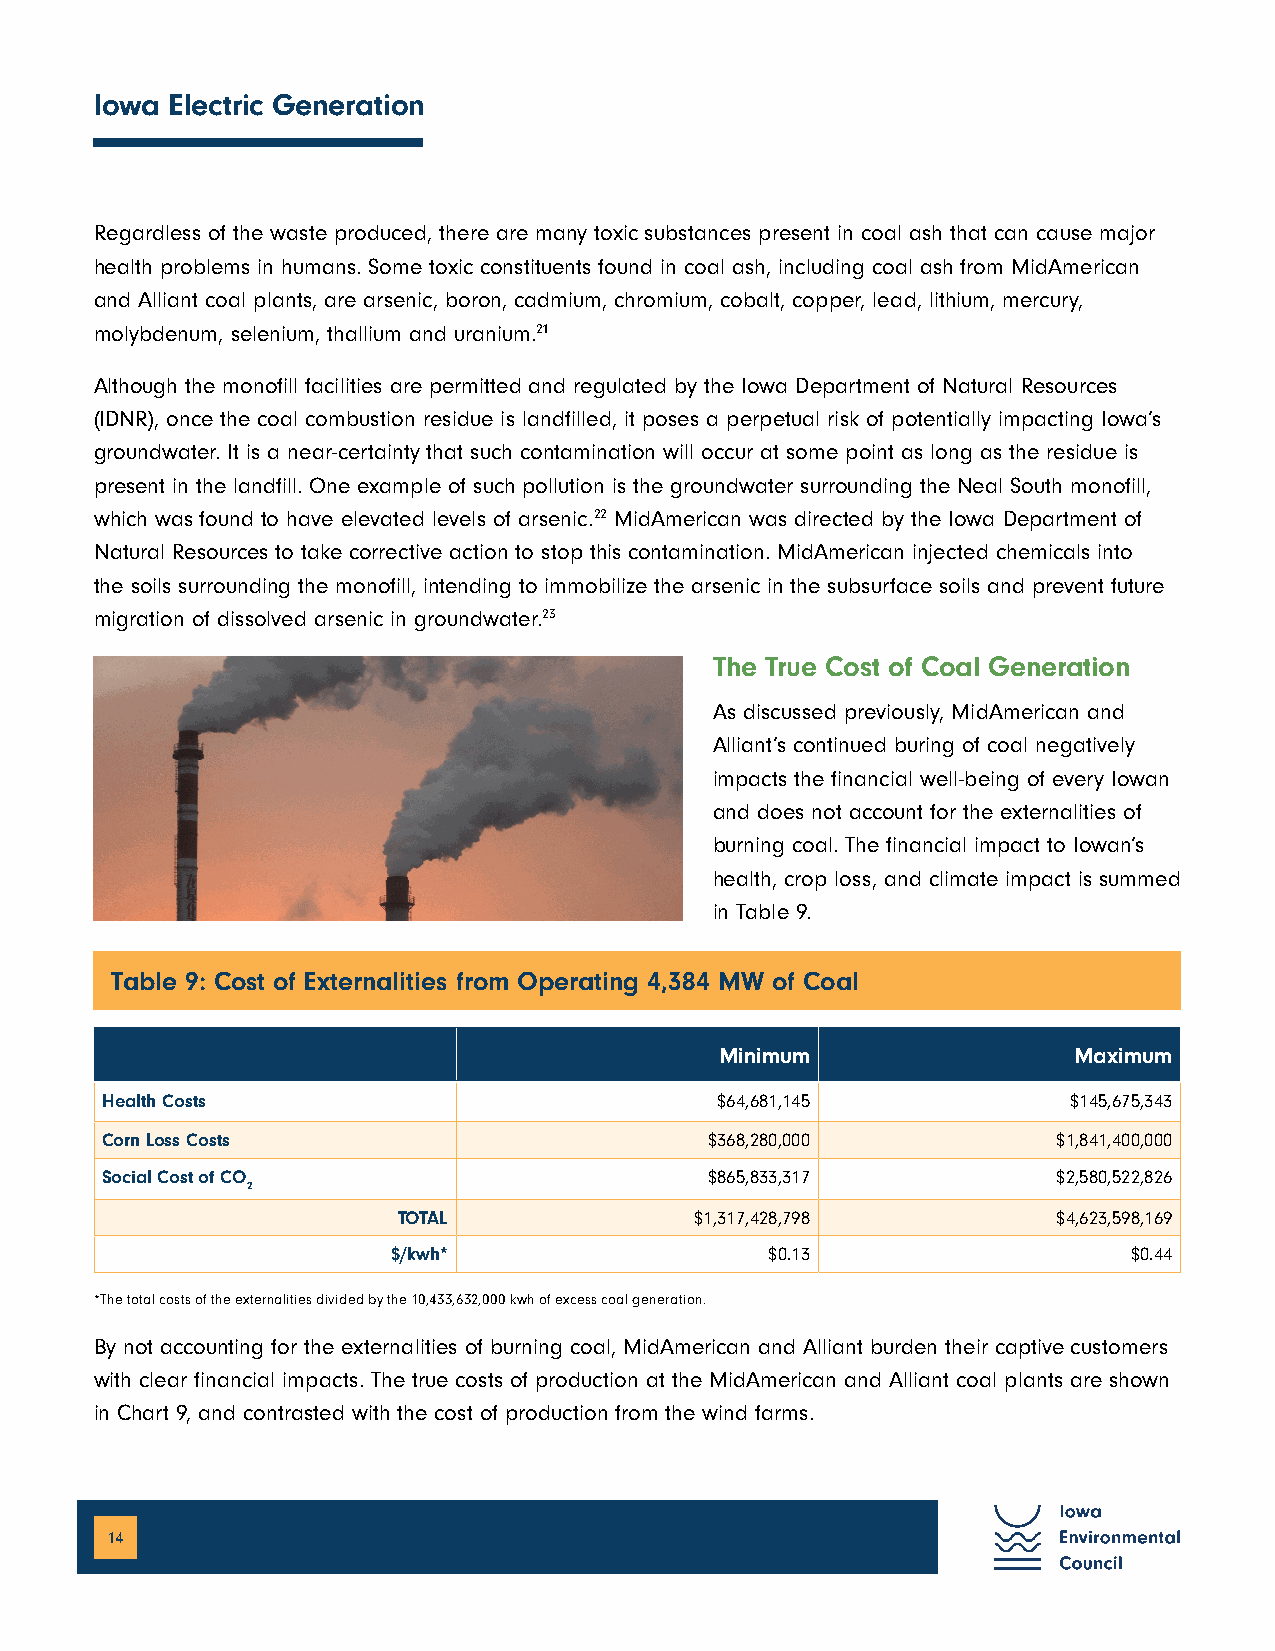
Iowa Electric Generation
 Regardless of the waste produced, there are many toxic substances present in coal ash that can cause major
 health problems in humans. Some toxic constituents found in coal ash, including coal ash from MidAmerican
 and Alliant coal plants, are arsenic, boron, cadmium, chromium, cobalt, copper, lead, lithium, mercury,
 molybdenum, selenium, thallium and uranium.21
 Although the monofill facilities are permitted and regulated by the Iowa Department of Natural Resources
 (IDNR), once the coal combustion residue is landfilled, it poses a perpetual risk of potentially impacting Iowa’s
 groundwater. It is a near-certainty that such contamination will occur at some point as long as the residue is
 present in the landfill. One example of such pollution is the groundwater surrounding the Neal South monofill,
 which was found to have elevated levels of arsenic.22 MidAmerican was directed by the Iowa Department of
 Natural Resources to take corrective action to stop this contamination. MidAmerican injected chemicals into
 the soils surrounding the monofill, intending to immobilize the arsenic in the subsurface soils and prevent future
 migration of dissolved arsenic in groundwater.23
 The True Cost of Coal Generation
 As discussed previously, MidAmerican and
 Alliant’s continued buring of coal negatively
 impacts the financial well-being of every Iowan
 and does not account for the externalities of
 burning coal. The financial impact to Iowan’s
 health, crop loss, and climate impact is summed
 in Table 9.
 Table 9: Cost of Externalities from Operating 4,384 MW of Coal
 Minimum                Maximum
 Health Costs                            $64,681,145             $145,675,343
 Corn Loss Costs                         $368,280,000           $1,841,400,000
 Social Cost of CO                       $865,833,317           $2,580,522,826
 2
 TOTAL               $1,317,428,798          $4,623,598,169
 $/kwh*                   $0.13                   $0.44
 *The total costs of the externalities divided by the 10,433,632,000 kwh of excess coal generation.
 By not accounting for the externalities of burning coal, MidAmerican and Alliant burden their captive customers
 with clear financial impacts. The true costs of production at the MidAmerican and Alliant coal plants are shown
 in Chart 9, and contrasted with the cost of production from the wind farms.
 14